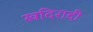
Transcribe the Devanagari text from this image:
खदिरादी